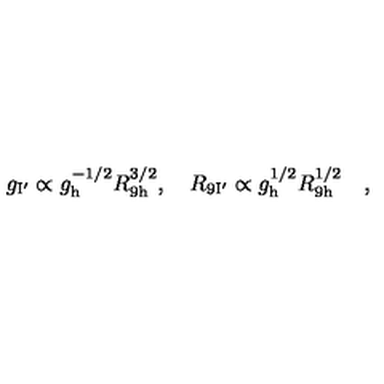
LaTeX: g _ { \mathrm { I ^ { \prime } } } \propto g _ { \mathrm { h } } ^ { - 1 / 2 } R _ { \mathrm { 9 h } } ^ { 3 / 2 } , \quad R _ { \mathrm { 9 I ^ { \prime } } } \propto g _ { \mathrm { h } } ^ { 1 / 2 } R _ { \mathrm { 9 h } } ^ { 1 / 2 } \quad ,